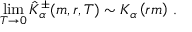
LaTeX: \operatorname * { l i m } _ { T \rightarrow 0 } \hat { K } _ { \alpha } ^ { \pm } ( m , r , T ) \sim K _ { \alpha } \left( r m \right) \, .